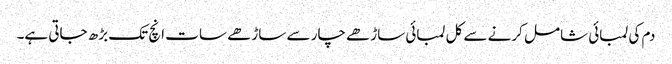
دم کی لمبائی شامل کرنے سے کل لمبائی ساڑھے چار سے ساڑھے سات انچ تک بڑھ جاتی ہے۔